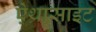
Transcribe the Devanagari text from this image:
ऐथ्रासाइट